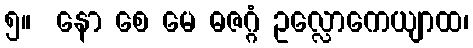
၅။  နော စေ မေ ဓဇဂ္ဂံ ဥလ္လောကေယျာထ၊